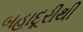
બહાદૂરીથી